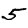
Digit: 5